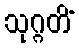
သုဂ္ဂတိံ